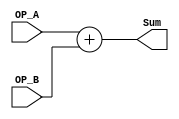
// This program was cloned from: https://github.com/Liu-Bingxu/ysyx-for-LiuBingxu
// License: GNU General Public License v3.0

// he adder without Cin
// Copyright (C) 2024  LiuBingxu

// This program is free software: you can redistribute it and/or modify
// it under the terms of the GNU General Public License as published by
// the Free Software Foundation, either version 3 of the License, or
// (at your option) any later version.

// This program is distributed in the hope that it will be useful,
// but WITHOUT ANY WARRANTY; without even the implied warranty of
// MERCHANTABILITY or FITNESS FOR A PARTICULAR PURPOSE.  See the
// GNU General Public License for more details.

// You should have received a copy of the GNU General Public License
// along with this program.  If not, see <https://www.gnu.org/licenses/>.

// Please contact me through the following email: <qwe15889844242@163.com>

module add_without_Cin #(parameter DATA_LEN=32)(
    input  [DATA_LEN-1:0]   OP_A,
    input  [DATA_LEN-1:0]   OP_B,
    output [DATA_LEN-1:0]   Sum
);

wire [DATA_LEN-1:0] a,b,s; 

assign a = OP_A;
assign b = OP_B;
assign Sum = s;

assign s = a + b;

endmodule //adadd_with_Cin